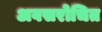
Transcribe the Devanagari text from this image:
अवसरोचित